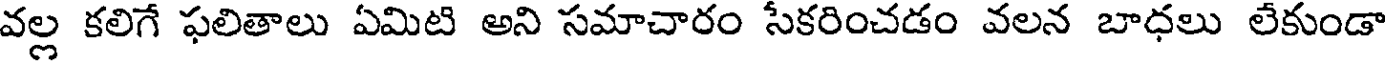
వల్ల కలిగే ఫలితాలు ఏమిటి అని సమాచారం సేకరించడం వలన బాధలు లేకుండా